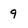
Character: 9